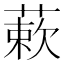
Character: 蔌